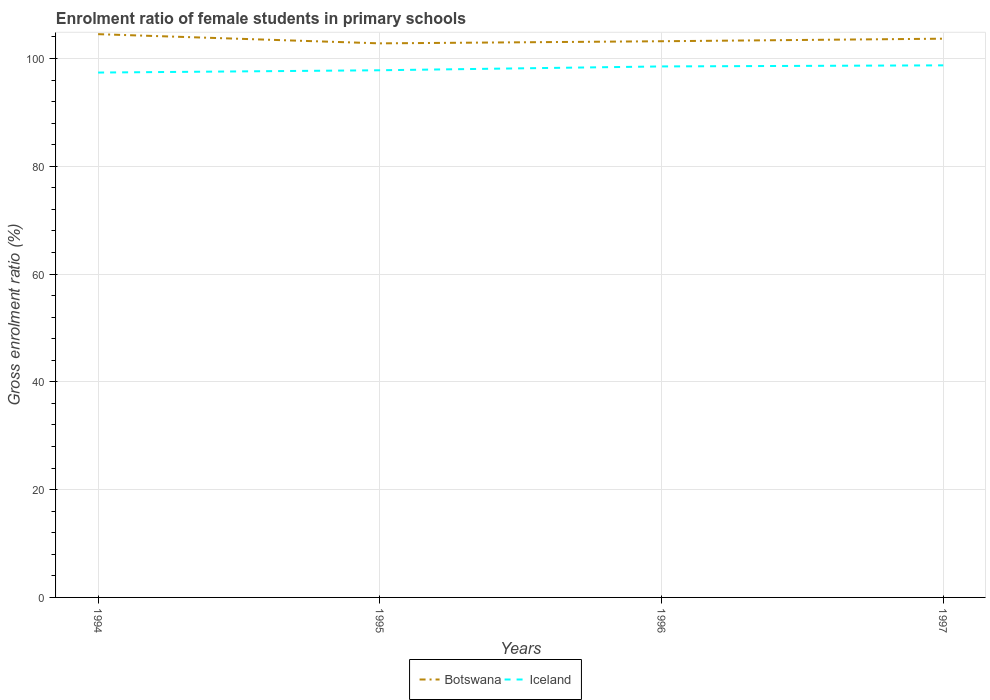
| Years | Botswana | Iceland |
 | --- | --- | --- |
 | 1994 | 105 | 97.4 |
 | 1995 | 103 | 97.8 |
 | 1996 | 103 | 98.5 |
 | 1997 | 104 | 98.7 |